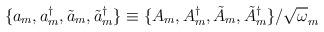
LaTeX: \begin{align*}\{ a_{m}, a^{\dagger}_{m}, \tilde{a}_{m}, \tilde{a}^{\dagger}_{m} \} \equiv \{ A_{m}, A^{\dagger}_{m}, \tilde{A}_{m}, \tilde{A}^{\dagger}_{m} \}/{\sqrt \omega_{m}} \end{align*}